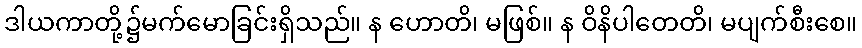
ဒါယကာတို့၌မက်မောခြင်းရှိသည်။ န ဟောတိ၊ မဖြစ်။ န ဝိနိပါတေတိ၊ မပျက်စီးစေ။